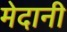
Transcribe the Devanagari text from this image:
मेदानी